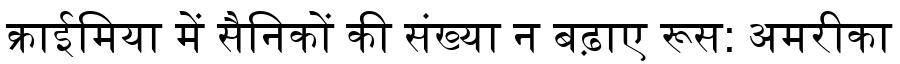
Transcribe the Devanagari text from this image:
क्राईमिया में सैनिकों की संख्या न बढ़ाए रूस: अमरीका